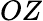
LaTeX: OZ